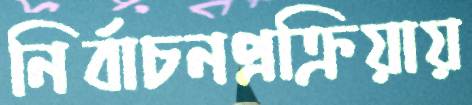
নির্বাচনপ্রক্রিয়ায়